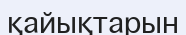
қайықтарын